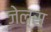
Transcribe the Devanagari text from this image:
जेल्स